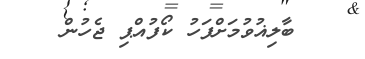
ބާލިޣުވުމަށްފަހު ކޯފުއްޕި ޖެހުން